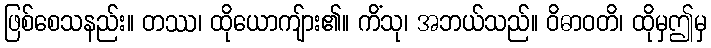
ဖြစ်စေသနည်း။ တဿ၊ ထိုယောကျ်ား၏။ ကိံသု၊ အဘယ်သည်။ ဝိဓာဝတိ၊ ထိုမှဤမှ